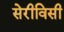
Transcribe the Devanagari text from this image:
सेरीविसी